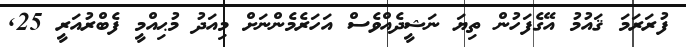
ފުރަރަމަ ޤައުމު އޭގެފަހުން ތިޔަ ނަޝީދެއްވެސް އަހަރެމެންނަށް މިއަދު މުޙިއްމީ ފެބްރުއަރީ 25